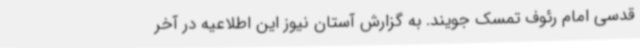
قدسی امام رئوف تمسک جویند. به گزارش آستان نیوز این اطلاعیه در آخر